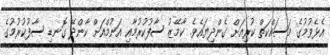
އެޅެވުމުގެ މަސައްކަތް ކުރިއަށް ގެންދިޔައެވެ. ކާމޭޒު ސާފުކުރުމާއި އަނުމްއަށް ކާންދޭ ގޮނޑި ސާފުކުރުމުގެ